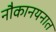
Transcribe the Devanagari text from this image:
नौकानयनात